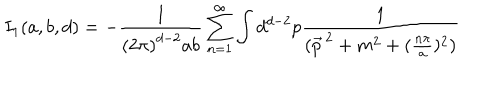
LaTeX: I _ { 1 } ( a , b , d ) = - \frac { 1 } { \left( 2 \pi \right) ^ { d - 2 } a b } \sum _ { n = 1 } ^ { \infty } \int d ^ { d - 2 } p \frac { 1 } { ( \vec { p } ^ { \, 2 } + m ^ { 2 } + ( \frac { n \pi } { a } ) ^ { 2 } ) }